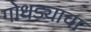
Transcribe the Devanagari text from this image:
गोधड्याचा